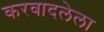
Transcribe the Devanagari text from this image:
करवादलेला